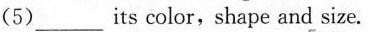
(5)___its color,shape and size.